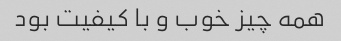
همه چیز خوب و با کیفیت بود